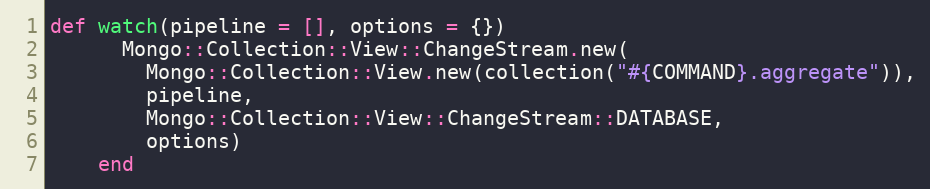
Language: Ruby
def watch(pipeline = [], options = {})
      Mongo::Collection::View::ChangeStream.new(
        Mongo::Collection::View.new(collection("#{COMMAND}.aggregate")),
        pipeline,
        Mongo::Collection::View::ChangeStream::DATABASE,
        options)
    end